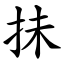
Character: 抺